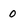
Character: 0